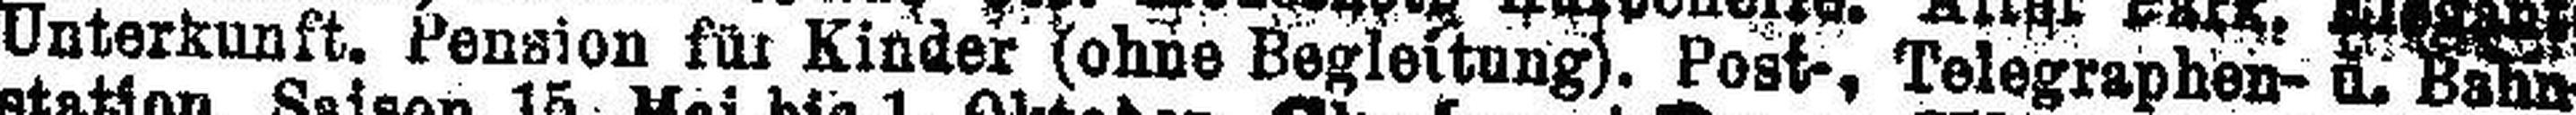
Unterkunft. Pension für Kinder (ohne Begleitung). Post-, Telegraphen- u. Bahn¬